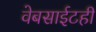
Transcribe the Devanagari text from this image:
वेबसाईटही